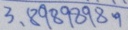
3 . 8 9 8 9 8 9 8 9